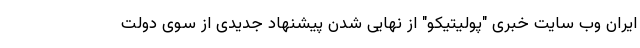
ایران وب سایت خبری "پولیتیکو" از نهایی شدن پیشنهاد جدیدی از سوی دولت